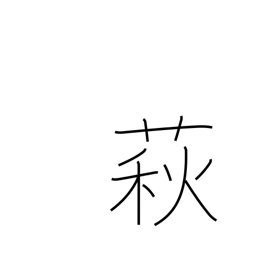
Meaning: bush clover